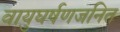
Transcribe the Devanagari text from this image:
वायुघर्षणजनित